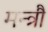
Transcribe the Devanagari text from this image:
मन्त्रौं